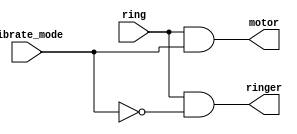
module top_module (
    input ring,
    input vibrate_mode,
    output ringer,       // Make sound
    output motor         // Vibrate
);
//Sum of products
//ringer = rv'
//motor = rv

assign ringer = ring & (~vibrate_mode);
assign motor = ring & vibrate_mode;

endmodule